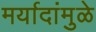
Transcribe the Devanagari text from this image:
मर्यादांमुळे